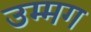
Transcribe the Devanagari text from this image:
उम्मग